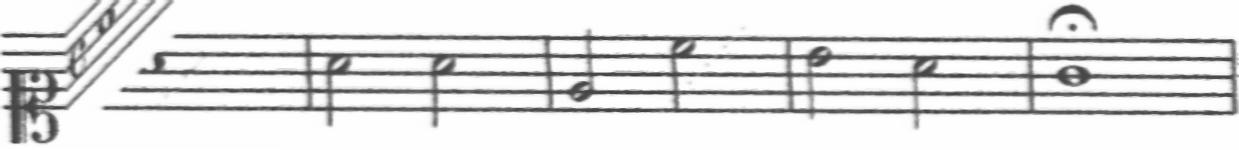
Transcription: clef-C1 timeSignature-C note-A4_whole barline note-A4_half note-A4_half barline note-E4_half note-C5_half barline note-B4_half note-A4_half barline note-G4_whole_fermata barline